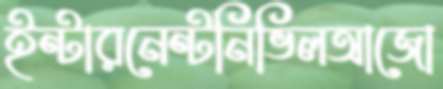
ইন্টারনেন্টনিভিলআজো